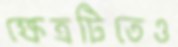
ক্ষেত্রটিতেও